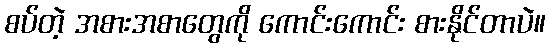
စပ်တဲ့ အစားအစာတွေကို ကောင်းကောင်း စားနိုင်တာပဲ။